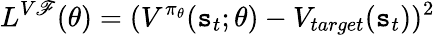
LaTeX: L^{V\mathscr{F}}(\theta)=(V^{\pi_{\theta}}(\mathtt{s}_{t};\theta)-V_{target}(\mathtt{s}_{t}))^{2}